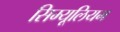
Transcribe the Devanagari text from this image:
सिम्यूलियम